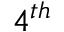
4 ^ { t h }